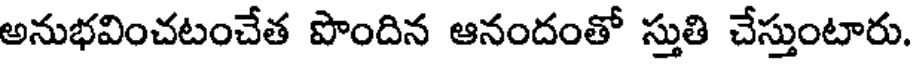
అనుభవించటంచేత పొందిన ఆనందంతో స్తుతి చేస్తుంటారు.